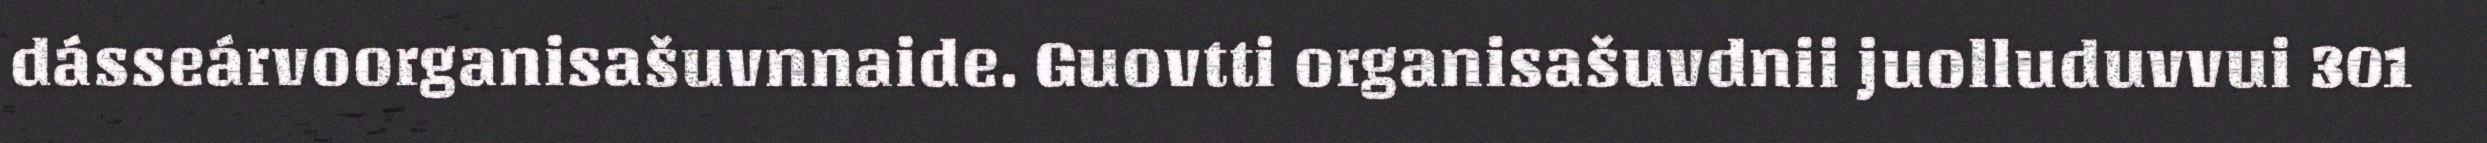
dásseárvoorganisašuvnnaide. Guovtti organisašuvdnii juolluduvvui 301